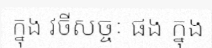
ក្នុង វចីសច្ចៈ ផង ក្នុង